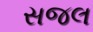
સજલ